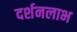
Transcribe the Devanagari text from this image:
दर्शनलाभ